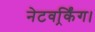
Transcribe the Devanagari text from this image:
नेटवर्र्किंग।